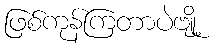
ဖြစ်ကုန်ကြတာပဲဗျို့